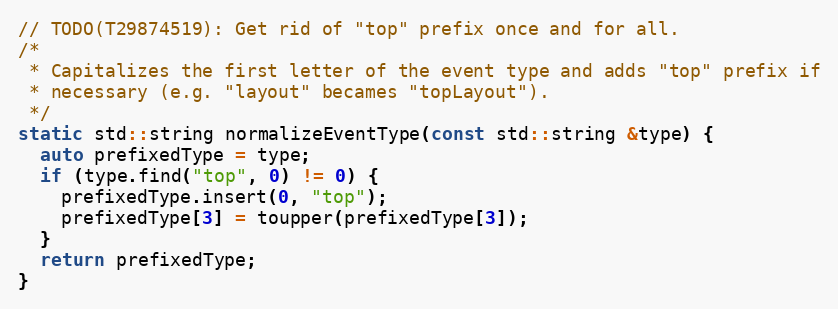
Language: C++
// TODO(T29874519): Get rid of "top" prefix once and for all.
/*
 * Capitalizes the first letter of the event type and adds "top" prefix if
 * necessary (e.g. "layout" becames "topLayout").
 */
static std::string normalizeEventType(const std::string &type) {
  auto prefixedType = type;
  if (type.find("top", 0) != 0) {
    prefixedType.insert(0, "top");
    prefixedType[3] = toupper(prefixedType[3]);
  }
  return prefixedType;
}